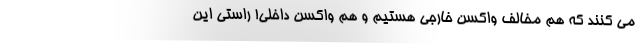
می کنند که هم مخالف واکسن خارجی هستیم و هم واکسن داخلی! راستی این